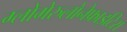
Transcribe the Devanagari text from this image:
ग्लोमेरुलोनेफ्राइटिस